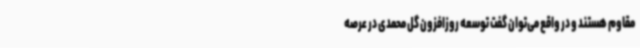
مقاوم هستند و در واقع می‌توان گفت توسعه روزافزون گل محمدی در عرصه